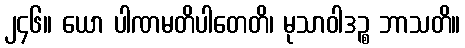
၂၄၆။ ယော ပါဏမတိပါတေတိ၊ မုသာဝါဒဉ္စ ဘာသတိ။